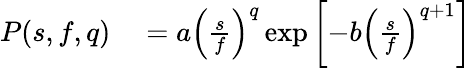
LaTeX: \begin{array}{rl}{P(s,f,q)}&{{}=a\left(\frac{s}{f}\right)^{q}\exp\left[-b\left(\frac{s}{f}\right)^{q+1}\right]}\end{array}